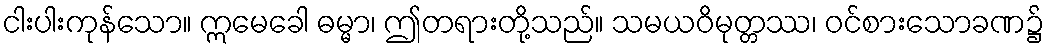
ငါးပါးကုန်သော။ ဣမေခေါ ဓမ္မာ၊ ဤတရားတို့သည်။ သမယဝိမုတ္တဿ၊ ဝင်စားသောခဏ၌